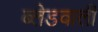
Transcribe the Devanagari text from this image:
ब्लेडवाली